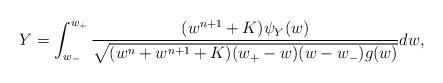
LaTeX: \begin{align*}Y =\int_{w_-}^{w_+}\frac{ (w^{n+1}+K) \psi_Y(w) }{ \sqrt{ (w^n + w^{n+1}+K )(w_+-w)(w-w_-)g(w) } } dw,\end{align*}